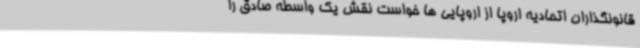
قانونگذاران اتحادیه اروپا از اروپایی ها خواست نقش یک واسطه صادق را